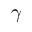
\gamma